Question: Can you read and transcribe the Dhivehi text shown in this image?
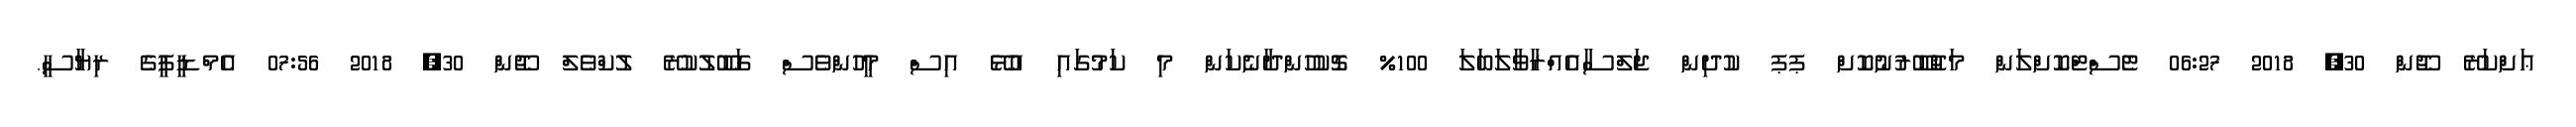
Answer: ޢަށްކަރޭ ޖޫން 30, 2018 06:27 ޓެސްޓްކޮށްލަން މަޖުބޫރުނުކޮށް ޕޕ ކުދިން ޖަލްސާއެއްރާވާލަބަލަ 100% ޗޮކުހުންދާނެކަން މި ކަމުގައި އުޅޭ އިސް މީހުންވެސް ގަބޫލުކުރޭ ލުކްވެލް ޖޫން 30, 2018 07:56 އެމްޑީޕީގެ ރިޔާސީ.